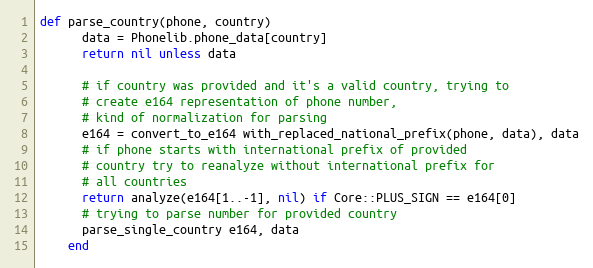
Language: Ruby
def parse_country(phone, country)
      data = Phonelib.phone_data[country]
      return nil unless data

      # if country was provided and it's a valid country, trying to
      # create e164 representation of phone number,
      # kind of normalization for parsing
      e164 = convert_to_e164 with_replaced_national_prefix(phone, data), data
      # if phone starts with international prefix of provided
      # country try to reanalyze without international prefix for
      # all countries
      return analyze(e164[1..-1], nil) if Core::PLUS_SIGN == e164[0]
      # trying to parse number for provided country
      parse_single_country e164, data
    end